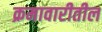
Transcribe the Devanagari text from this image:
क्रमावारीतील